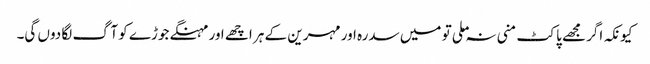
کیونکہ اگر مجھے پاکٹ منی نہ ملی تو میں سدرہ اور مہرین کے ہر اچھے اور مہنگے جوڑے کو آگ لگا دوں گی۔